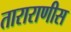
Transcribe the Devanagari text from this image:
ताराराणीस